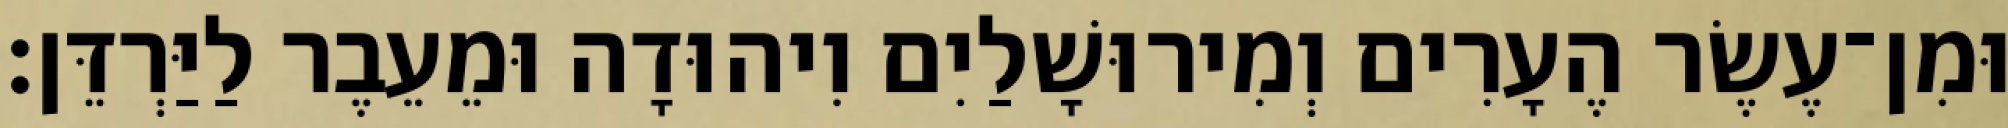
וּמִן־עֶשֶׂר הֶעָרִים וְמִירוּשָׁלַיִם וִיהוּדָה וּמֵעֵבֶר לַיַּרְדֵּן׃